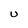
Character: U